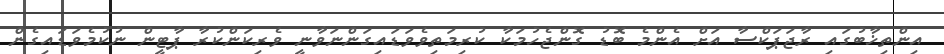
އިންތިޚާބުގައި ރާޖަޕަކްސާ އަށް އެންމެ ބޮޑު ގޮންޖެހުމަކާ ކުރިމަތިވެވަޑައިގަންނަވާނީ ވެރިކަންކުރާ ޕާޓީން ނުކުމެވަޑައިގެން